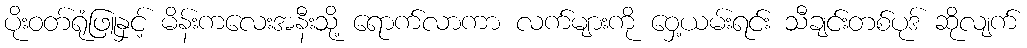
ပိုးဝတ်ရုံဖြူနှင့် မိန်းကလေးအနီးသို့ ရောက်လာကာ လက်များကို ဝှေ့ယမ်းရင်း သီချင်းတစ်ပုဒ် ဆိုလျက်